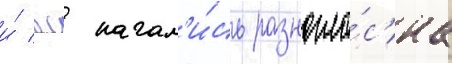
и́ вс начал'и́сь разногла́с'иа